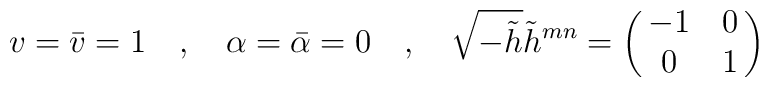
v=\bar v=1\quad, \quad\alpha=\bar\alpha=0\quad, \quad\sqrt{-\tilde h}\tilde h^{mn}=\pmatrix{-1 & 0 \cr 0 & 1}